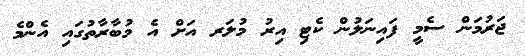
ޖަރުމަން ސެމީ ފައިނަލުން ކެޓި އިރު މުލަރ އަށް އެ މުބާރާތުގައި އެންމެ